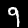
Label: 9